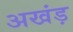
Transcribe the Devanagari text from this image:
अखंड़